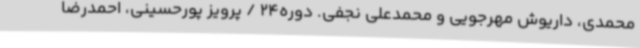
محمدی، داریوش مهرجویی و محمدعلی نجفی. دوره24 / پرویز پورحسینی، احمدرضا